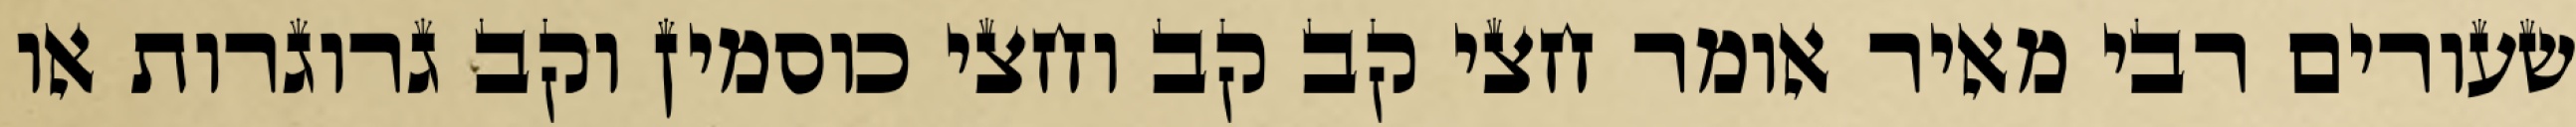
שעורים רבי מאיר אומר חצי קב קב וחצי כוסמין וקב גרוגרות או